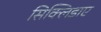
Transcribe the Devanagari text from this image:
सिक्लिडाए